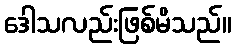
ဒေါသလည်းဖြစ်မိသည်။